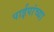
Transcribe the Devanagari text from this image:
पाईपांच्या